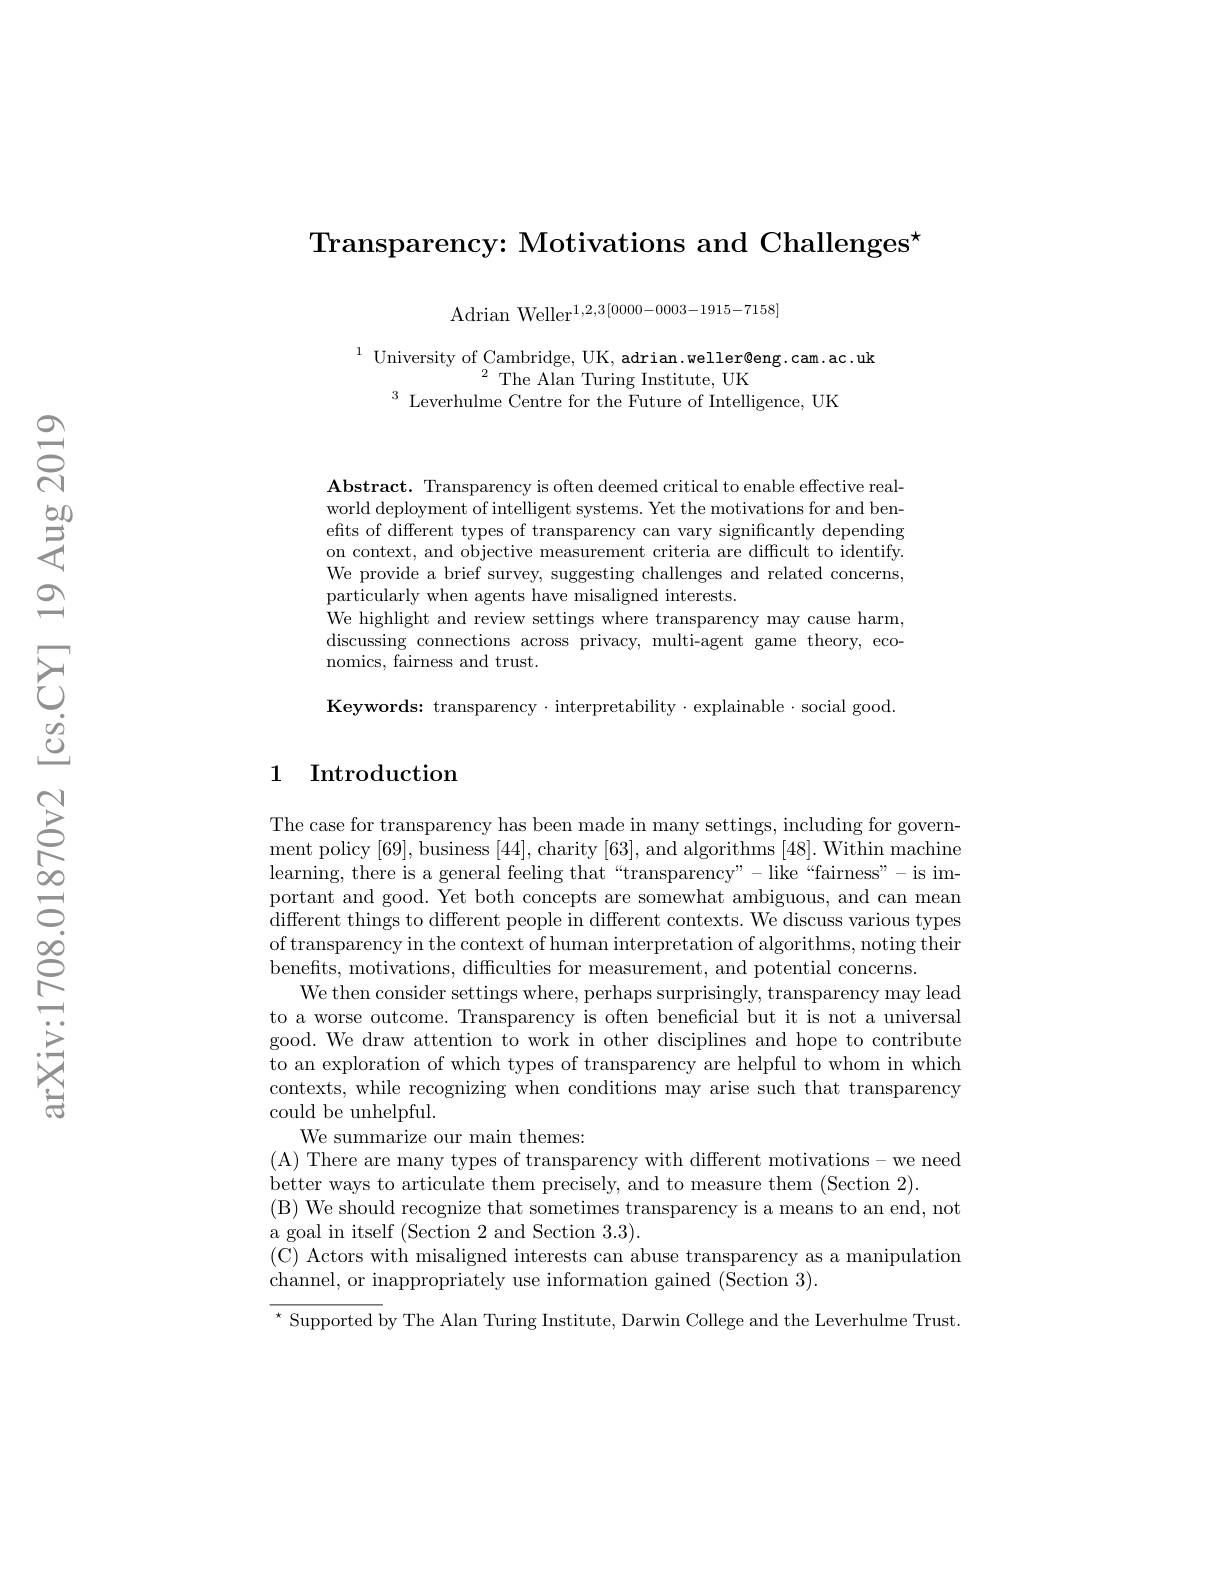
Transparency: Motivations and Challenges$^\star$

Adrian Weller$^1,2,3[0000-0003-1915-7158]$

$^{1}$University of Cambridge, UK, adrian.weller@eng.cam.ac.uk
$^{2}{\mathrm{~The~Alan~Turing~Institute,~UK}}$
$^3$ Leverhulme Centre for the Future of Intelligence, UK

$\mathbf{Abstract.~Transparency~is~often~deemed~critical~to~enable~effective~real-}$ world deployment of intelligent systems. Yet the motivations for and benefits of different types of transparency can vary significantly depending on context, and objective measurement criteria are difficult to identify We provide a brief survey, suggesting challenges and related concerns, particularly when agents have misaligned interests.
We highlight and review settings where transparency may cause harm, discussing connections across privacy, multi-agent game theory, economics, fairness and trust.

Keywords: transparency· interpretability·explainable·social good.

## 1 Introduction

The case for transparency has been made in many settings, including for government policy [69],business [44],charity [63],and algorithms [48]. Within machine learning, there is a general feeling that“transparency”-like“fairness”-is important and good. Yet both concepts are somewhat ambiguous, and can mean different things to different people in different contexts. We discuss various types of transparency in the context of human interpretation of algorithms, noting their benefits, motivations, difficulties for measurement, and potential concerns
We then consider settings where, perhaps surprisingly, transparency may lead to a worse outcome. Transparency is often beneficial but it is not a universal good. We draw attention to work in other disciplines and hope to contribute to an exploration of which types of transparency are helpful to whom in which contexts, while recognizing when conditions may arise such that transparency could be unhelpful.
We summarize our main themes:
(A) There are many types of transparency with different motivations- we need
better ways to articulate them precisely, and to measure them (Section 2).
(B) We should recognize that sometimes transparency is a means to an end, not
a goal in itself (Section 2 and Section 3.3).
(C) Actors with misaligned interests can abuse transparency as a manipulation
channel, or inappropriately use information gained (Section 3).
$^{\star}$ Supported by The Alan Turing Institute, Darwin College and the Leverhulme Trust